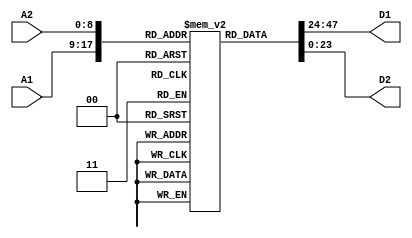
/* 

Memory unit implementation. 

Contains 512 words each of size 24 bits. For a 
doubly-linked list with 4 words per node, this
memory unit can contain at most 128 nodes.

The maximum value of address A is 508 (512-4).

*/

module Memory (D1, D2, A1, A2);
	parameter memory_size = 512;
	parameter word_size = 24;
	parameter num_bits = $clog2(memory_size);

	output	[word_size-1:0]		D1;
	output	[word_size-1:0]		D2;
	input 	[num_bits-1:0] 		A1;
	input 	[num_bits-1:0] 		A2;

	reg [word_size-1:0] memory[memory_size-1:0];

	// asynchronous read
	assign D1 = memory[A1];
	assign D2 = memory[A2];
endmodule